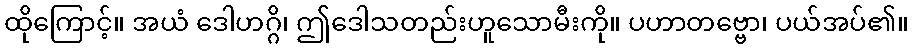
ထိုကြောင့်။ အယံ ဒေါဟဂ္ဂိ၊ ဤဒေါသတည်းဟူသောမီးကို။ ပဟာတဗ္ဗော၊ ပယ်အပ်၏။